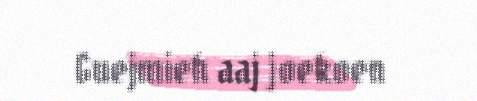
Guejmieh aaj joekoen